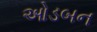
ઓડબન